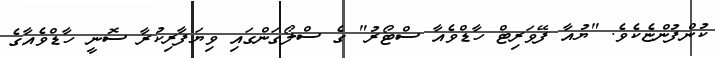
ކުންފުންޏެކެވެ. "ޔުއާ ފޭވަރިޓް ހާޑްވެއާ ސްޓޯރު" ގެ ސްލޯގަންގައި ވިޔަފާރިކުރާ ސޮނީ ހާޑްވެއާގެ